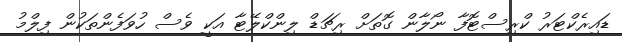
ޑައިރެކްޓަރު ކްރިސްޓޮފާ ނޯލާން ގޮތަށް ރިޗަޑް ލިންކްލޭޓާ އަކީ ވެސް ހުވަފެންތަކުން ފިލްމު